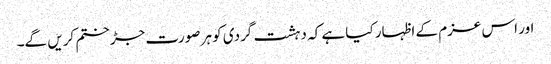
اور اس عزم کے اظہار کیا ہے کہ دہشت گردی کو ہر صورت جڑ ختم کریں گے۔